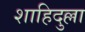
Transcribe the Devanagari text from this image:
शाहिदुल्ला